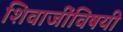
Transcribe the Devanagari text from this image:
शिवाजींविषयी